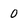
Character: 0